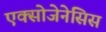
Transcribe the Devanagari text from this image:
एक्सोजेनेसिस